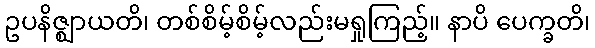
ဥပနိဇ္ဈာယတိ၊ တစ်စိမ့်စိမ့်လည်းမရှုကြည့်။ နာပိ ပေက္ခတိ၊